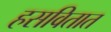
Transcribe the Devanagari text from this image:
हसवितात